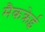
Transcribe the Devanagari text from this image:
मैकक्रेई